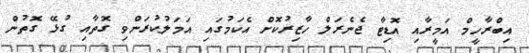
އިބްރާހީމް އަމީރާއި އޮޑިޓާ ޖެނެރަލް ހާޒިރުކޮށް އެކަމުގައި އަމަލުކުރަންވި ގޮތާއި ގުޅޭ ގޮތުން